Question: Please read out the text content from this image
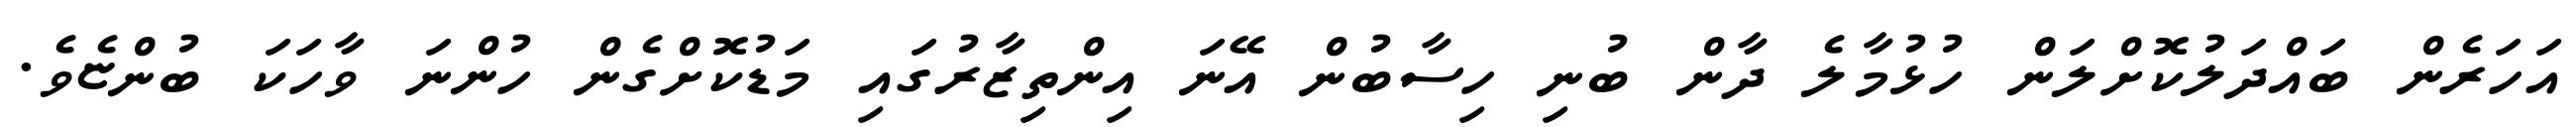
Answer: އަހަރެން ބައްދަލުކޮށްލަން ހުޅުމާލެ ދާން ބުނި ހިސާބުން އޭނަ އިންތިޒާރުގައި މަޑުކޮށްގެން ހުންނަ ވާހަކަ ބުންޏެވެ.